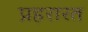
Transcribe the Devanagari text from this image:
प्रहरारत